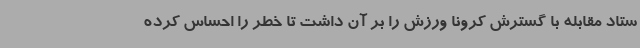
ستاد مقابله با گسترش کرونا ورزش را بر آن داشت تا خطر را احساس کرده